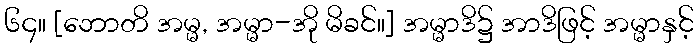
၆၄။ [ဘောတိ အမ္မ, အမ္မာ-အို မိခင်။] အမ္မာဒိ၌ အာဒိဖြင့် အမ္မာနှင့်